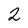
Character: 2